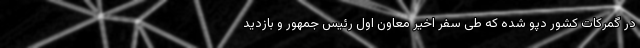
در گمرکات کشور دپو شده که طی سفر اخیر معاون اول رئیس جمهور و بازدید